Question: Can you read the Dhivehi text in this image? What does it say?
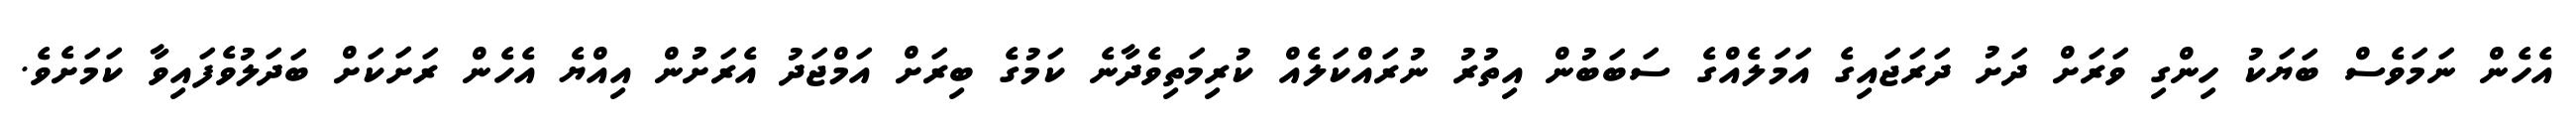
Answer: އެހެން ނަމަވެސް ބަޔަކު ހިންގި ވަރަށް ދަށު ދަރަޖައިގެ އަމަލެއްގެ ސަބަބުން އިތުރު ނުރައްކަލެއް ކުރިމަތިވެދާނެ ކަމުގެ ބިރަށް އަމްޖަދު އެރަށުން އިއްޔެ އެހެން ރަށަކަށް ބަދަލުވެފައިވާ ކަމަށެވެ.